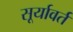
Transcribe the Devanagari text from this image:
सूर्यावर्त